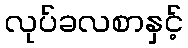
လုပ်ခလစာနှင့်